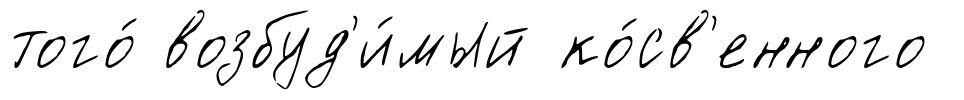
того́ возбуд'и́мый ко́св'енного